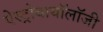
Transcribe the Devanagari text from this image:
ऐस्ट्रोबायॉलॉजी